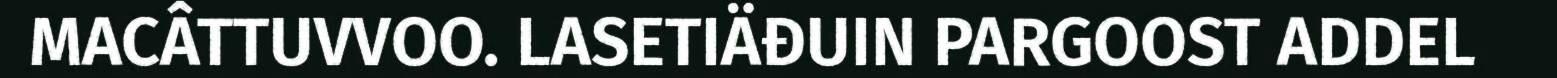
MACÂTTUVVOO. LASETIÄĐUIN PARGOOST ADDEL